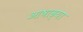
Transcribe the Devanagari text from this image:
आषाढ्या